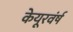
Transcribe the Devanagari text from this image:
केयूरवंर्ष